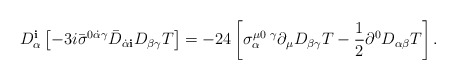
\begin{align*}D^{\mathbf i}_\alpha \left[ - 3 i{\bar\sigma}^{0\dot\alpha\gamma} {\bar D}_{\dot\alpha {\mathbf i}} D_{\beta\gamma} T \right] = -24\left[ \sigma^{\mu 0\,\,\gamma}_\alpha \partial_\mu D_{\beta\gamma} T - \frac{1}{2}\partial^0 D_{\alpha\beta} T\right].\end{align*}